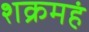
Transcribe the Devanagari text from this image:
शक्रमहं